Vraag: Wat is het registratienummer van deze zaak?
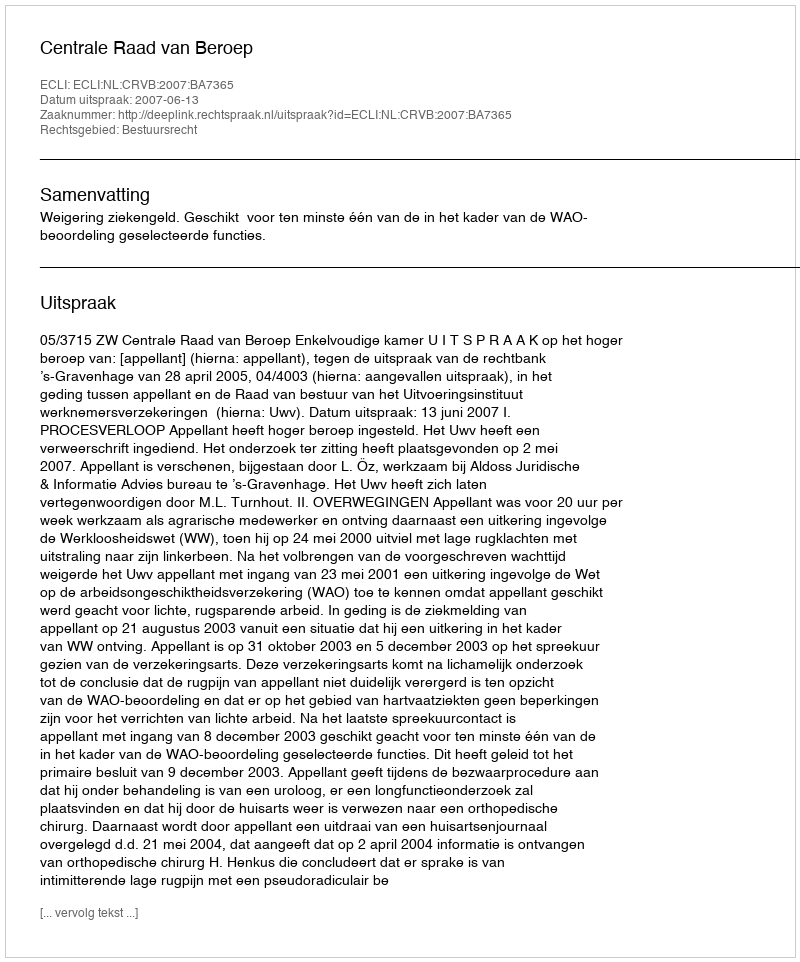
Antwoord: http://deeplink.rechtspraak.nl/uitspraak?id=ECLI:NL:CRVB:2007:BA7365